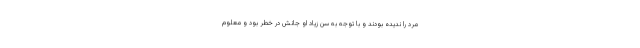
مرد را ندیده بودند و با توجه به سن زیاد او جانش در خطر بود و معلوم